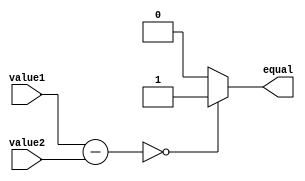
module Equality_Comparator (
    input wire [7:0] value1,
    input wire [7:0] value2,
    output reg equal
);

reg [7:0] difference;

always @(*) begin
    difference = value1 - value2;
    if (difference == 8'b00000000) begin
        equal = 1;
    end
    else begin
        equal = 0;
    end
end

endmodule